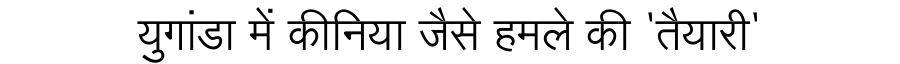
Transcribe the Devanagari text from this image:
युगांडा में कीनिया जैसे हमले की 'तैयारी'